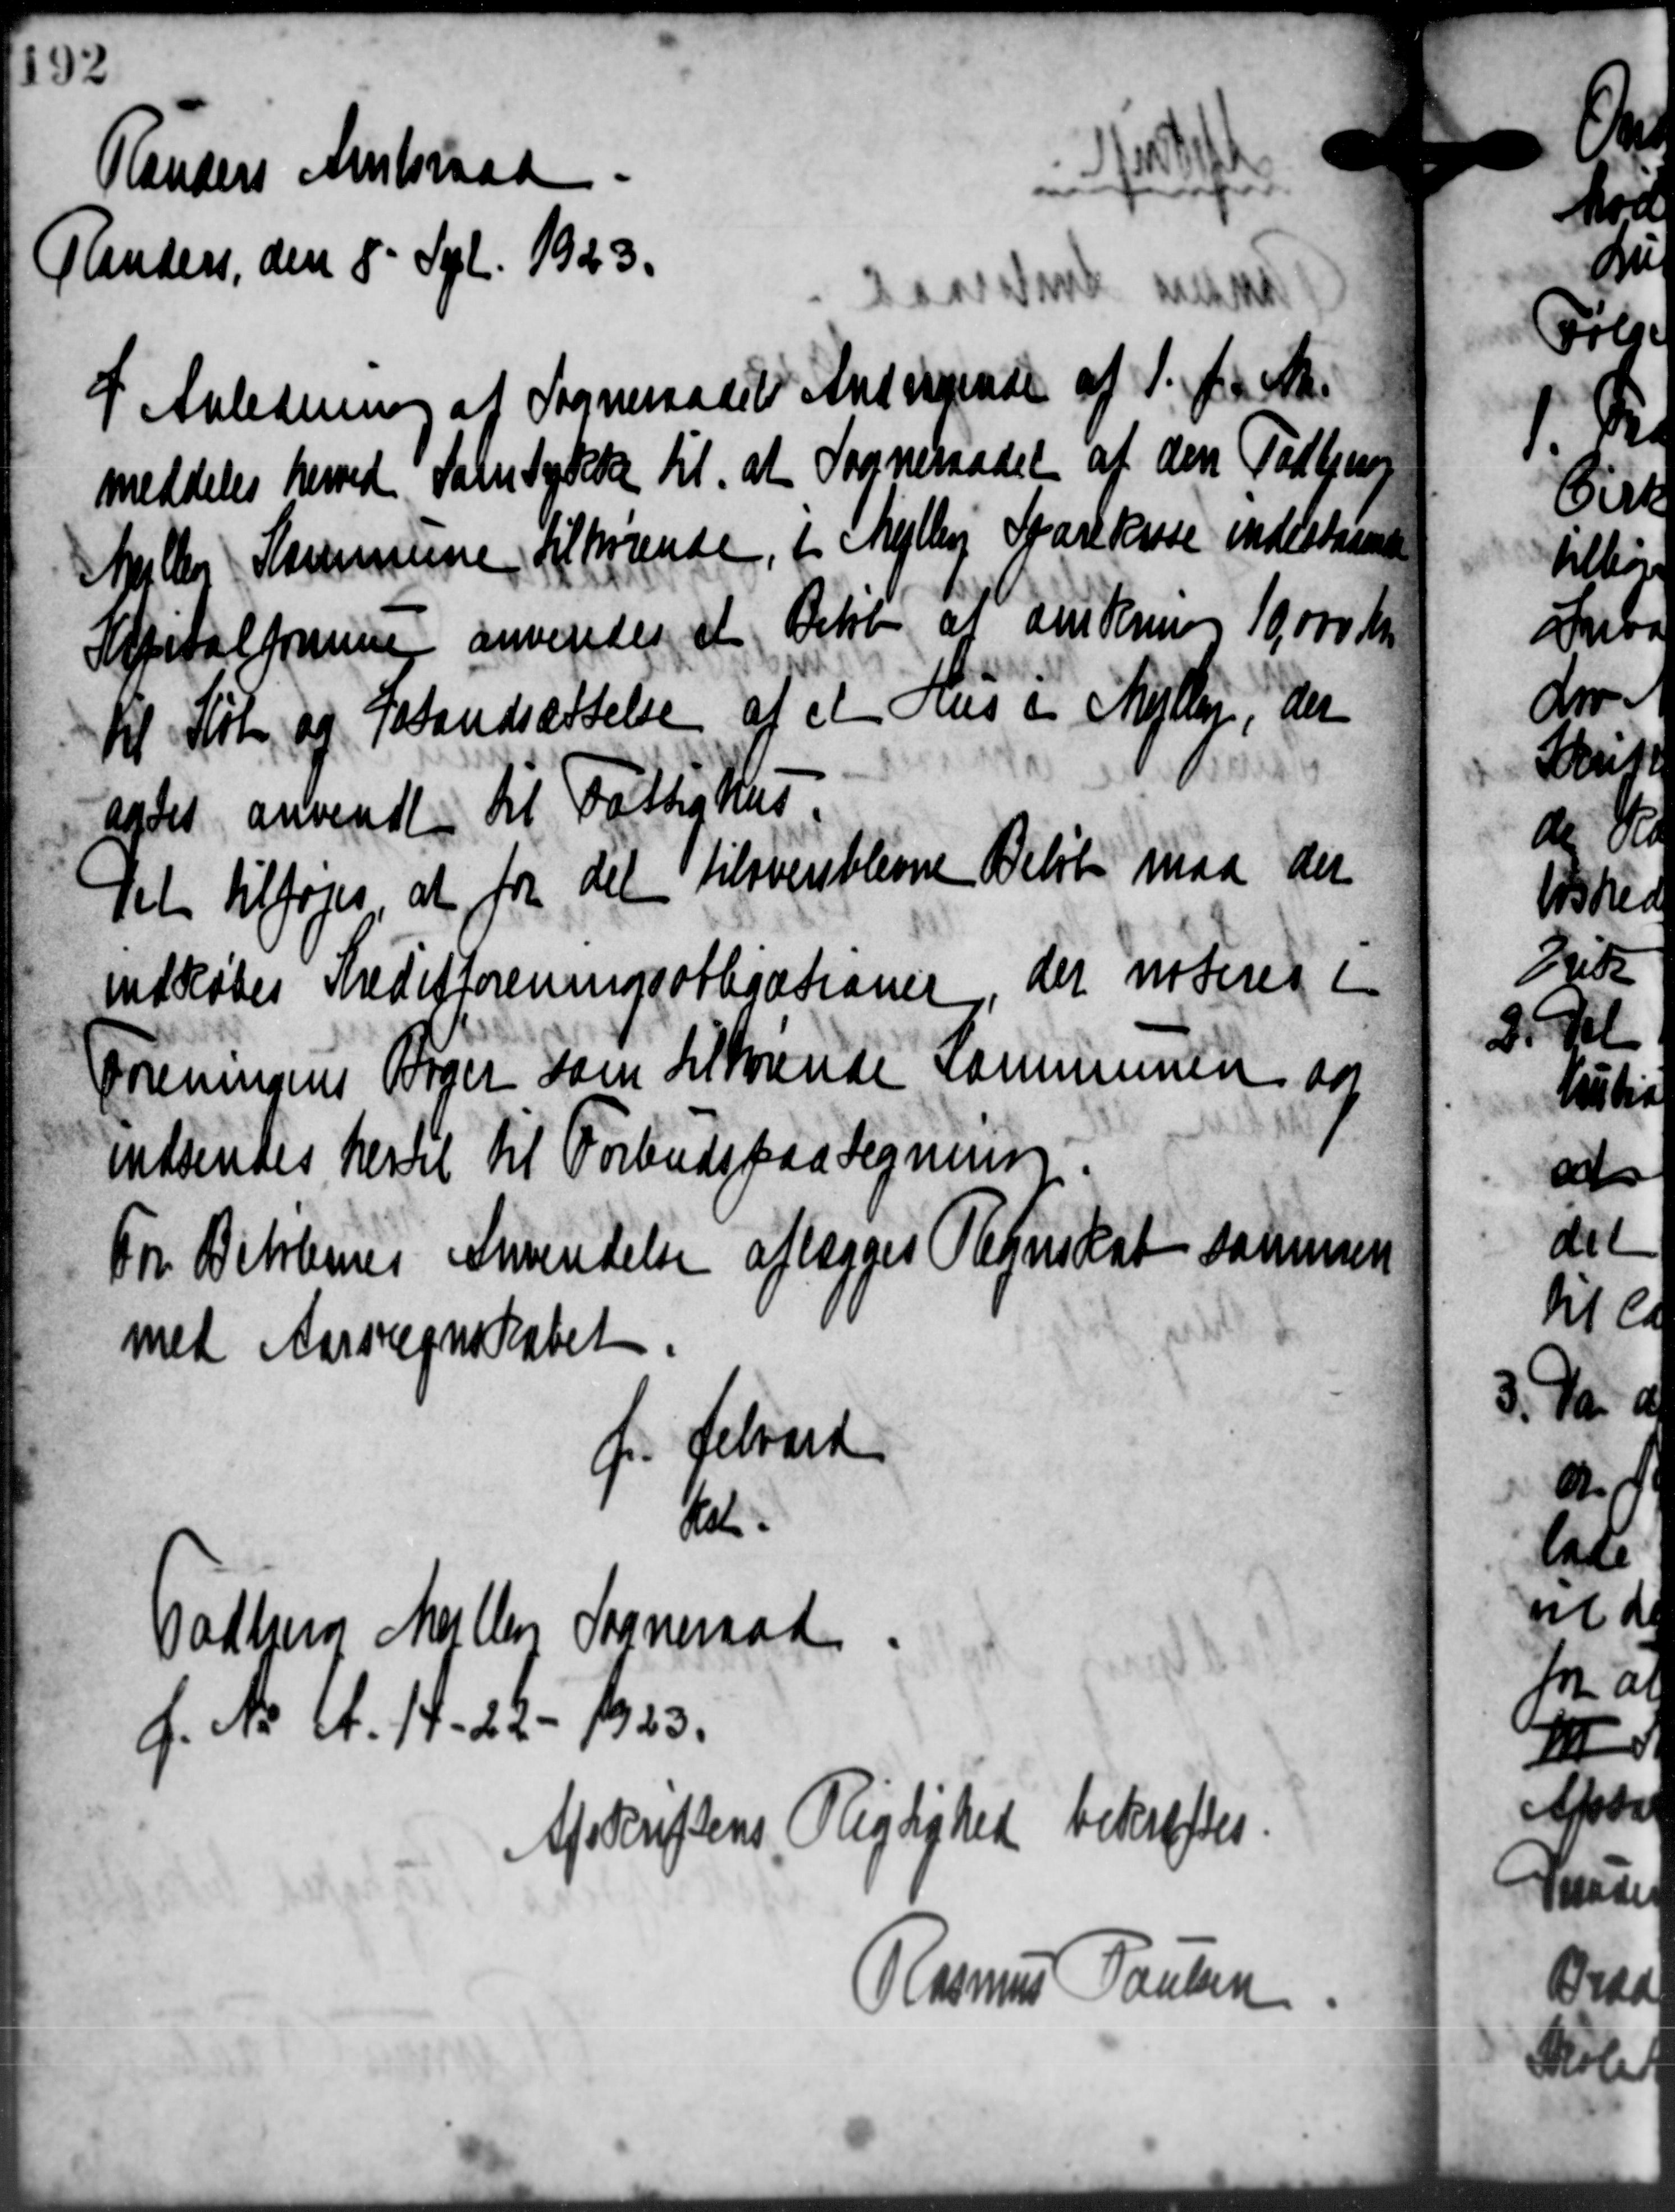
Transskription:
Randers Amtsraad
Randers den 8. Spl. 1923.
I Anledning af Sogneraadets Andragende af 1. f. A.
meddeles herved Samtydelse til at Sogneraadet af den Todbje
Meller Kommune, tilhørende i Mejlby Sparekasse indestamen
Kapitalforen anvendes at Dette at anskering 19.000 Kr.
Kl Køb og Istandsættelse af et Hus i Mejlby, der
agdes anvendt til Fattighus
Det tilføjes at for det tilstere blevne Beløb maa der
indkøbes Kreditforeningsobligationer, der noteres i
Foreningens Bøger som Tilsunde Kommunen og
indsendes hertil til Forbuds paa Tegning
For Bitlernes Anvendelse aflægges Regnskab sammes
med Aar regnskabet
f. Selvad
Hal.
Todberg Møller Sogneraad
f. A. M. 14. 25 - 1933.
Afskriftens Pligtighed bekræftes
Rasmus Poulsen